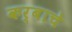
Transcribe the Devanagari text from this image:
कर्बाचे